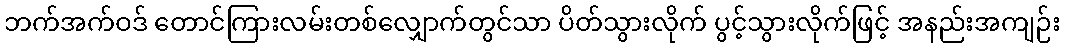
ဘက်အက်ဝဒ် တောင်ကြားလမ်းတစ်လျှောက်တွင်သာ ပိတ်သွားလိုက် ပွင့်သွားလိုက်ဖြင့် အနည်းအကျဉ်း